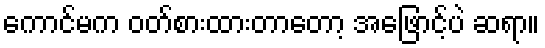
ကောင်မက ဝတ်စားထားတာတော့ အဖြောင့်ပဲ ဆရာ။